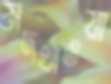
মদখাওয়া